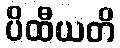
ပိထီယတိ